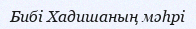
Бибі Хадишаның мәһрі